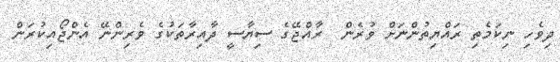
ދިވެހި ނިކަމެތި ރައްޔިތުންނަށް ވުރެން  ރާއްޖޭގެ ސިޔާސީ ދާއިރާތަކުގެ ވެރިންނޭ އެންޖޯއިކުރަން